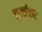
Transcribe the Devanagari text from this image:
घूर्णाकर